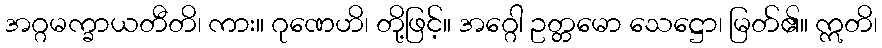
အဂ္ဂမက္ခာယတီတိ၊ ကား။ ဂုဏေဟိ၊ တို့ဖြင့်။ အဂ္ဂေါ ဥတ္တမော သေဋ္ဌော၊ မြတ်၏။ ဣတိ၊